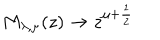
LaTeX: M _ { \lambda , \mu } ( z ) \rightarrow z ^ { \mu + \frac 1 2 }